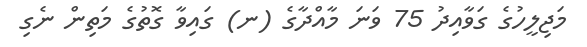
މަޖިލީހުގެ ގަވާއިދު 75 ވަނަ މާއްދާގެ (ނ) ގައިވާ ގޮތުގެ މަތިން ނެގި